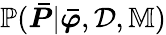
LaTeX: \mathbb{P}(\boldsymbol{\bar{P}}|\boldsymbol{\bar{\varphi}},\mathcal{D},\mathbb{M})